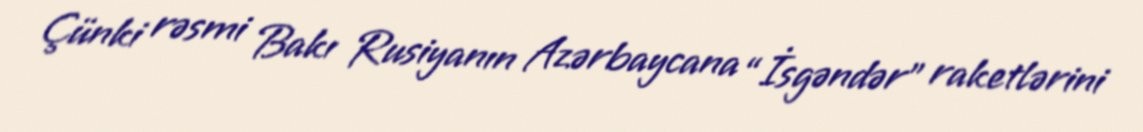
Çünki rəsmi Bakı Rusiyanın Azərbaycana “İsgəndər” raketlərini